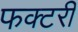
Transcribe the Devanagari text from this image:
फक्टरी